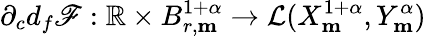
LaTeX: \partial_{c}d_{f}\mathscr{F}:\mathbb{R}\times B_{r,\mathbf{m}}^{1+\alpha}\rightarrow\mathcal{L}(X_{\mathbf{m}}^{1+\alpha},Y_{\mathbf{m}}^{\alpha})